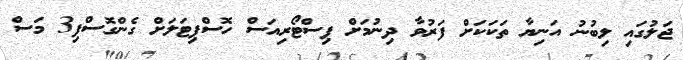
ޖަލުގައި ލިބުނު އަނިޔާ ތަކަކަށް ފަރުވާ ދިނުމަށް ޕިސްޓޯރިއަސް ހޮސްޕިޓަލަށް ގެންގޮސްފި3 މަސް